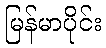
မြန်မာပိုင်း